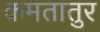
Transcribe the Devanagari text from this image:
कमतातुर